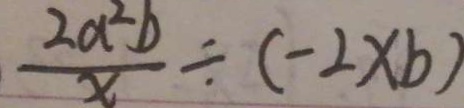
\frac { 2 a ^ { 2 } b } { x } \div ( - 2 \times b )